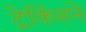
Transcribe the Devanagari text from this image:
ट्रेकिंगने